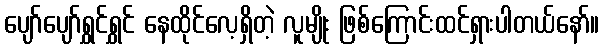
ပျော်ပျော်ရွှင်ရွှင် နေထိုင်လေ့ရှိတဲ့ လူမျိုး ဖြစ်ကြောင်းထင်ရှားပါတယ်နော်။